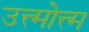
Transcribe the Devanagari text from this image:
उत्त्मोत्त्म